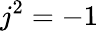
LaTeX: j^{2}=-1